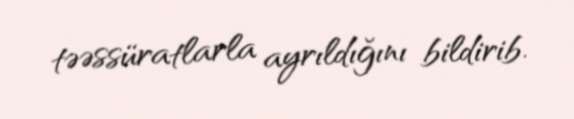
təəssüratlarla ayrıldığını bildirib.